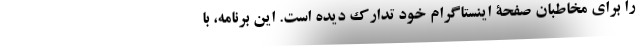
را برای مخاطبان صفحۀ اینستاگرام خود تدارک دیده است. این برنامه، با